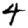
Digit: 4